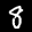
Label: 8